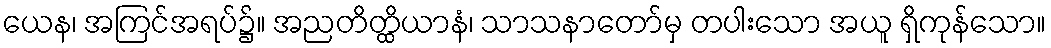
ယေန၊ အကြင်အရပ်၌။ အညတိတ္ထိယာနံ၊ သာသနာတော်မှ တပါးသော အယူ ရှိကုန်သော။